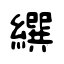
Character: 繏